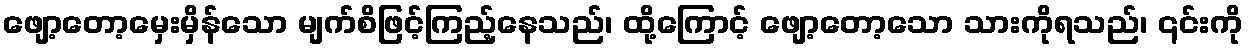
ဖျော့တော့မှေးမှိန်သော မျက်စိဖြင့်ကြည့်နေသည်၊ ထို့ကြောင့် ဖျော့တော့သော သားကိုရသည်၊ ၎င်းကို